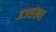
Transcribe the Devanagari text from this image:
जजसंख्या